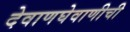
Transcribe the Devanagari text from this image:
देवाणघेवाणीची